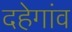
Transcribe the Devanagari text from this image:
दहेगांव